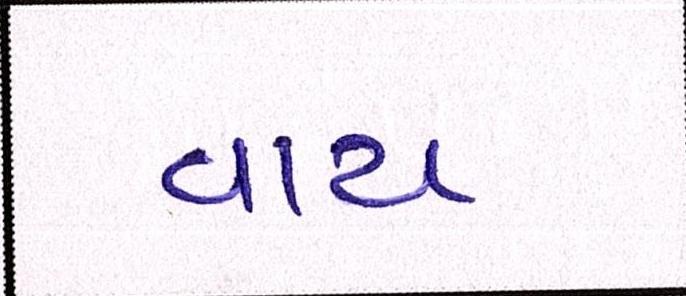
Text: વાય